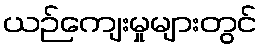
ယဉ်ကျေးမှုများတွင်